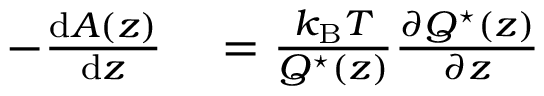
\begin{array} { r l } { - \frac { \ensuremath { \mathrm { d } } A ( z ) } { \ensuremath { \mathrm { d } } z } } & { { } = \frac { k _ { \mathrm { B } } T } { Q ^ { \star } ( z ) } \frac { \partial Q ^ { \star } ( z ) } { \partial z } } \end{array}